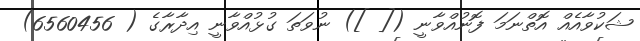
ޝަކުވާއެއް އޮތްނަމަ ފޮނުއްވާނީ ([ ]) ނުވަތަ ގުޅުއްވާނީ އިދާރާގެ ( 6560456)